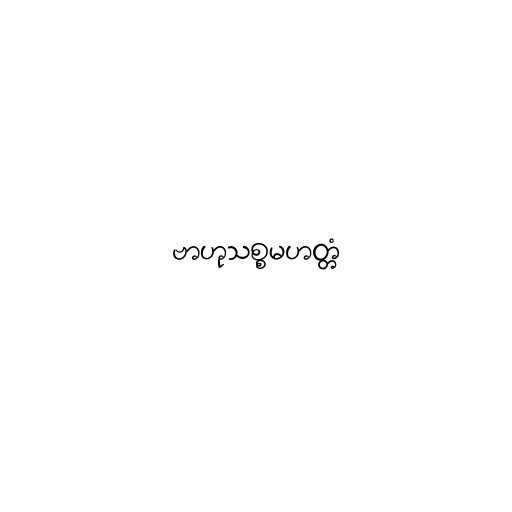
ဗာဟုသစ္စမဟတ္တံ